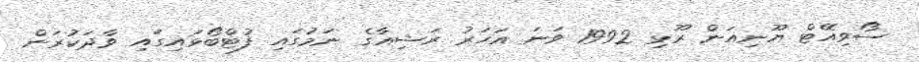
ސޯވިއޭޓް ޔޫނިއަން ރޫޅި 1992 ވަނަ އަހަރު ރަޝިއާގެ ނަމުގައި ފުޓްބޯޅައިގައި ވާދަކުރަން